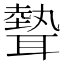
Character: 𦗙